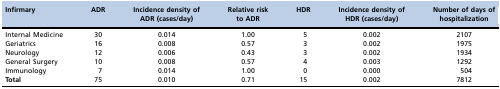
<table><thead><tr><td><b>Infirmary</b></td><td><b>ADR</b></td><td><b>Incidence density of ADR (cases/day)</b></td><td><b>Relative risk to ADR</b></td><td><b>HDR</b></td><td><b>Incidence density of HDR (cases/day)</b></td><td><b>Number of days of hospitalization</b></td></tr></thead><tbody><tr><td>Internal Medicine</td><td>30</td><td>0.014</td><td>1.00</td><td>5</td><td>0.002</td><td>2107</td></tr><tr><td>Geriatrics</td><td>16</td><td>0.008</td><td>0.57</td><td>3</td><td>0.002</td><td>1975</td></tr><tr><td>Neurology</td><td>12</td><td>0.006</td><td>0.43</td><td>3</td><td>0.002</td><td>1934</td></tr><tr><td>General Surgery</td><td>10</td><td>0.008</td><td>0.57</td><td>4</td><td>0.003</td><td>1292</td></tr><tr><td>Immunology</td><td>7</td><td>0.014</td><td>1.00</td><td>0</td><td>0.000</td><td>504</td></tr><tr><td><b>Total</b></td><td>75</td><td>0.010</td><td>0.71</td><td>15</td><td>0.002</td><td>7812</td></tr></tbody></table>